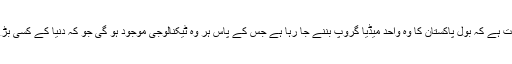
اس کے علاوہ یہ بھی ایک حقیقت ہے کہ بول پاکستان کا وہ واحد میڈیا گروپ بننے جا رہا ہے جس کے پاس ہر وہ ٹیکنالوجی موجود ہو گی جو کہ دنیا کے کسی بڑے گروپ کے پاس موجود ہے۔